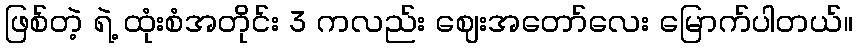
ဖြစ်တဲ့ ရဲ့ ထုံးစံအတိုင်း 3 ကလည်း ဈေးအတော်လေး မြောက်ပါတယ်။